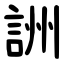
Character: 詶